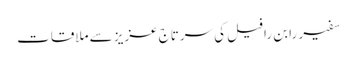
سفیر رابن رافیل کی سرتاج عزیز سے ملاقات